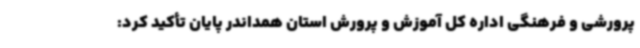
پرورشی و فرهنگی اداره کل آموزش و پرورش استان همداندر پایان تأکید کرد: